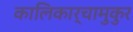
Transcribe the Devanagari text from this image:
कालिकार्चामुकुर